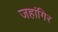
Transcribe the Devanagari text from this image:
जहांगिर